Indian journal of veterinary science and animal husbandry - Volume 8,
Year: 1938
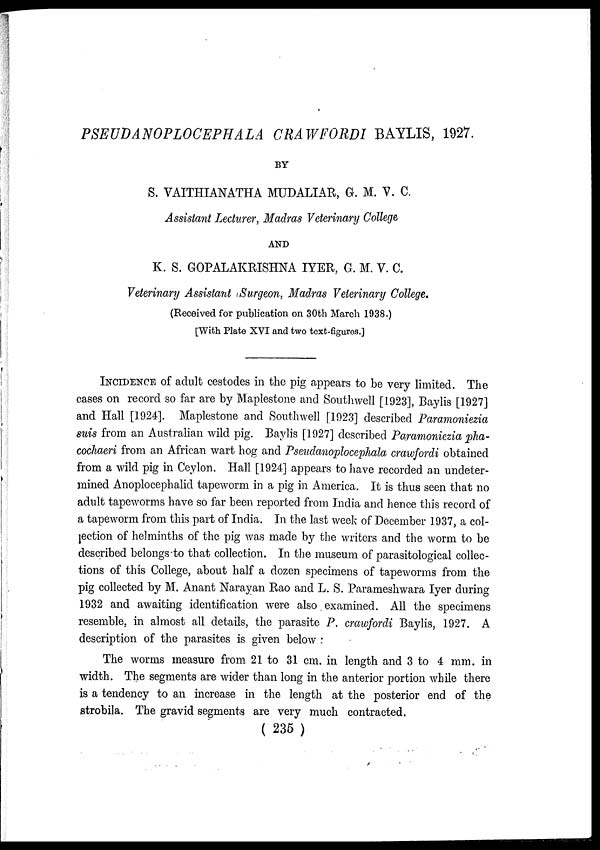
PSEUDANOPLOCEPHALA CRAWFORDI BAYLIS, 1927.
BY
S. VAITHIANATHA MUDALIAR, G. M. V. C.
Assistant Lecturer, Madras Veterinary College
AND
K. S. GOPALAKRISHNA IYER, G. M. V. C.
Veterinary Assistant Surgeon, Madras Veterinary College.
(Received for publication on 30th March 1938.)
[With Plate XVI and two text-figures.]
INCIDENCE of adult cestodes in the pig appears to be very limited. The
cases on record so far are by Maplestone and Southwell [1923], Baylis [1927]
and Hall [1924]. Maplestone and Southwell [1923] described Paramoniezia
suis from an Australian wild pig. Baylis [1927] described Paramoniezia pha-
cochaeri from an African wart hog and Pseudanoplocephala crawfordi obtained
from a wild pig in Ceylon. Hall [1924] appears to have recorded an undeter-
mined Anoplocephalid tapeworm in a pig in America. It is thus seen that no
adult tapeworms have so far been reported from India and hence this record of
a tapeworm from this part of India. In the last week of December 1937, a col-
lection of helminths of the pig was made by the writers and the worm to be
described belongs to that collection. In the museum of parasitological collec-
tions of this College, about half a dozen specimens of tapeworms from the
pig collected by M. Anant Narayan Rao and L. S. Parameshwara Iyer during
1932 and awaiting identification were also examined. All the specimens
resemble, in almost all details, the parasite P. crawfordi Baylis, 1927. A
description of the parasites is given below :
The worms measure from 21 to 31 cm. in length and 3 to 4 mm. in
width. The segments are wider than long in the anterior portion while there
is a tendency to an increase in the length at the posterior end of the
strobila. The gravid segments are very much contracted.
( 235 )